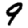
Digit: 9